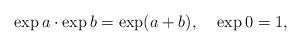
LaTeX: \begin{align*}\exp a \cdot \exp b = \exp(a+b),\;\;\;\;\exp 0 =1,\end{align*}